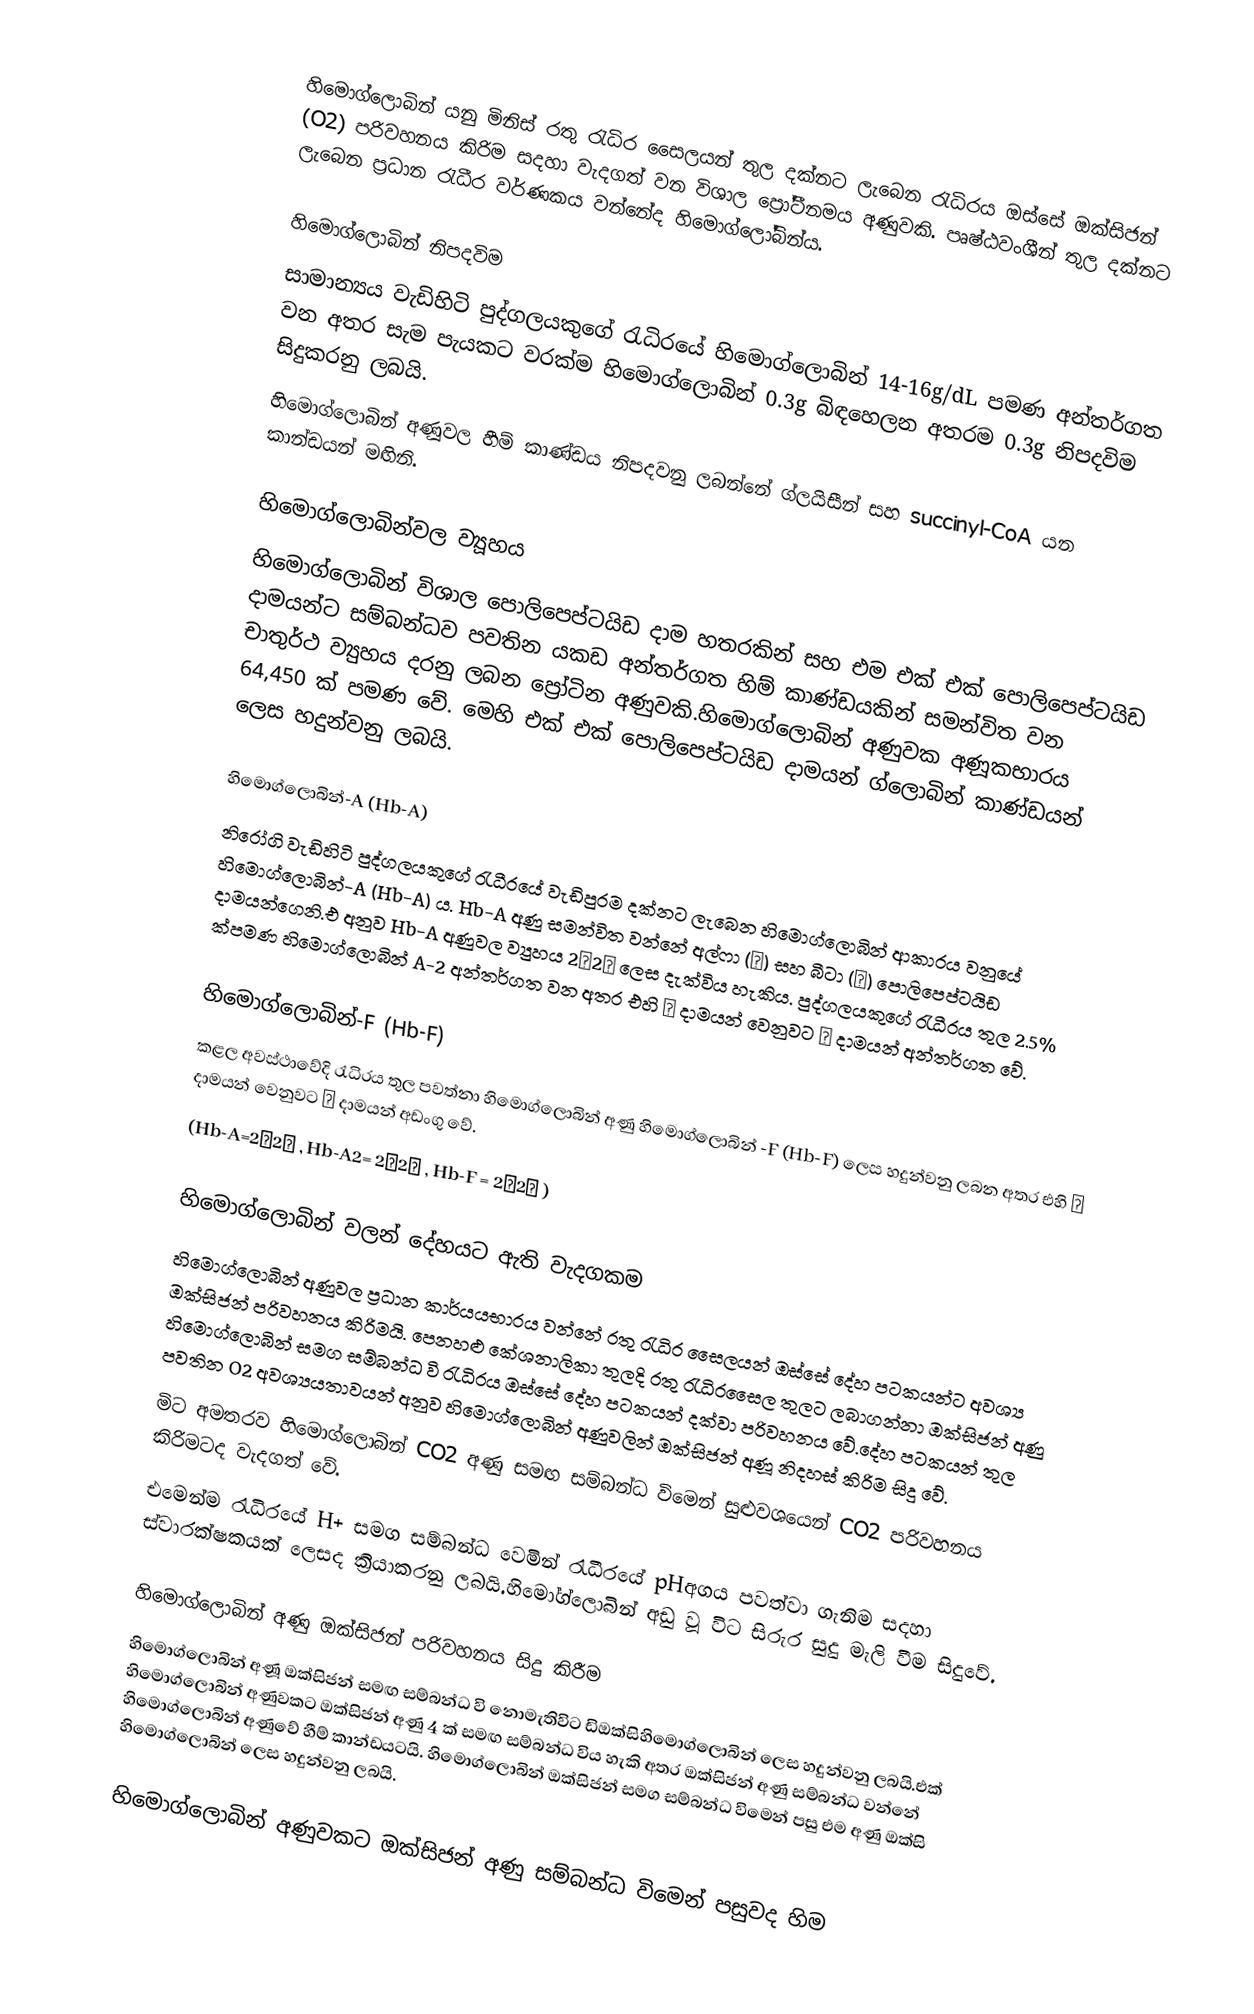
හිමොග්ලොබින් යනු මිනිස් රතු රැධිර සෛලයන් තුල දක්නට ලැබෙන රැධිරය ඔස්සේ ඔක්සිජන් (O2) පරිවහනය කිරිම සදහා වැදගත් වන විශාල ප්‍රෝටීනමය අණුවකි. පෘෂ්ඨවංශීන් තුල දක්නට ලැබෙන ප්‍රධාන රැධීර වර්ණකය වන්නේද හිමොග්ලෝබින්ය.

හිමොග්ලොබින් නිපදවිම
සාමාන්‍යය වැඩිහිටි පුද්ගලයකුගේ රැධිරයේ හිමොග්ලොබින් 14-16g/dL පමණ අන්තර්ගත වන අතර සැම පැයකට වරක්ම හිමොග්ලොබින් 0.3g බිඳහෙලන අතරම 0.3g නිපදවිම සිදුකරනු ලබයි.
හිමොග්ලොබින් අණූවල හීම් කාණ්ඩය නිපදවනු ලබන්නේ ග්ලයිසීන් සහ succinyl-CoA යන කාන්ඩයන් මඟිනි.

හිමොග්ලොබින්වල ව්‍යූහය
හිමොග්ලොබින් විශාල පොලිපෙප්ටයිඩ දාම හතරකින් සහ එම එක් එක් පොලිපෙප්ටයිඩ දාමයන්ට සම්බන්ධව පවතින යකඩ අන්තර්ගත හිම් කාණ්ඩයකින් සමන්විත වන චාතුර්ථ ව්‍යුහය දරනු ලබන ප්‍රෝටින අණුවකි.හිමොග්ලොබින් අණුවක අණූකභාරය 64,450 ක් පමණ වේ. මෙහි එක් එක් පොලිපෙප්ටයිඩ දාමයන් ග්ලොබින් කාණ්ඩයන් ලෙස හදුන්වනු ලබයි.

හිමොග්ලොබින්-A (Hb-A)
නිරෝගි වැඩිහිටි පුද්ගලයකුගේ රැධීරයේ වැඩිපුරම දක්නට ලැබෙන හිමොග්ලොබින් ආකාරය වනුයේ හිමොග්ලොබින්-A (Hb-A) ය.   Hb-A අණු සමන්විත වන්නේ අල්ෆා (α) සහ බීටා (β) පොලිපෙප්ටයිඩ දාමයන්ගෙනි.එ අනුව Hb-A අණුවල ව්‍යුහය 2α2β ලෙස දැක්විය හැකිය. පුද්ගලයකුගේ රැධීරය තුල 2.5% ක්පමණ හිමොග්ලොබින් A-2 අන්තර්ගත වන අතර එහි β දාමයන් වෙනුවට δ දාමයන් අන්තර්ගත වේ.

හිමොග්ලොබින්-F (Hb-F)
කළල අවස්ථාවේදි රැධිරය තුල පවත්නා හිමොග්ලොබින් අණු හිමොග්ලොබින් -F (Hb-F) ලෙස හදුන්වනු ලබන අතර එහි β  දාමයන් වෙනුවට γ දාමයන් අඩංගු වේ.
(Hb-A=2α2β , Hb-A2= 2α2δ , Hb-F = 2α2γ )

හිමොග්ලොබින් වලන්  දේහයට ඇති වැදගකම
හිමොග්ලොබින් අණුවල ප්‍රධාන කාර්යයභාරය වන්නේ රතු රැධිර සෛලයන් ඔස්සේ දේහ පටකයන්ට අවශ්‍ය ඔක්සිජන් පරිවහනය කිරිමයි. පෙනහළු කේශනාලිකා තුලදි රතු රැධිරසෛල තුලට ලබාගන්නා ඔක්සිජන් අණු හිමොග්ලොබින් සමග සම්බන්ධ වි රැධිරය ඔස්සේ දේහ පටකයන් දක්වා පරිවහනය වේ.දේහ පටකයන් තුල පවතින O2 අවශ්‍යයතාවයන් අනුව හිමොග්ලොබින් අණුවලින් ඔක්සිජන් අණූ නිදහස් කිරිම සිදු වේ.
මිට අමතරව හිමොග්ලොබින් CO2 අණු සමඟ සම්බන්ධ විමෙන් සුළුවශයෙන් CO2  පරිවහනය කිරිමටද වැදගත් වේ.
එමෙන්ම රැධිරයේ H+ සමග සම්බන්ධ වෙමින් රැධීරයේ pHඅගය පවත්වා ගැනිම සදහා ස්වාරක්ෂකයක් ලෙසද ක්‍රියාකරනු ලබයි.හිමෝග්ලොබින් අඩු වූ විට සිරුර සුදු මැලි වීම සිදුවේ.

හිමොග්ලොබින් අණු ඔක්සිජන් පරිවහනය සිදු කිරීම
හිමොග්ලොබින් අණූ ඔක්සිජන් සමඟ සම්බන්ධ වි නොමැතිවිට ඩිඔක්සිහිමොග්ලොබින් ලෙස හදුන්වනු ලබයි.එක් හිමොග්ලොබින් අණුවකට ඔක්සිජන් අණු 4 ක් සමඟ සම්බන්ධ විය හැකි අතර ඔක්සිජන් අණු සම්බන්ධ වන්නේ හිමොග්ලොබින් අණුවේ හීම් කාන්ඩයටයි. හිමොග්ලොබින් ඔක්සිජන් සමග සම්බන්ධ විමෙන් පසු එම අණු ඔක්සි හිමොග්ලොබින් ලෙස හදුන්වනු ලබයි.

හිමොග්ලොබින් අණුවකට ඔක්සිජන් අණු සම්බන්ධ විමෙන් පසුවද හිම